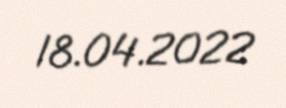
18.04.2022